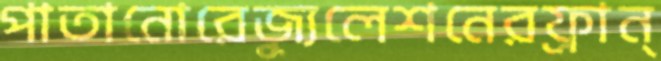
পাতানোরেজ্যুলেশনেরফ্রান্